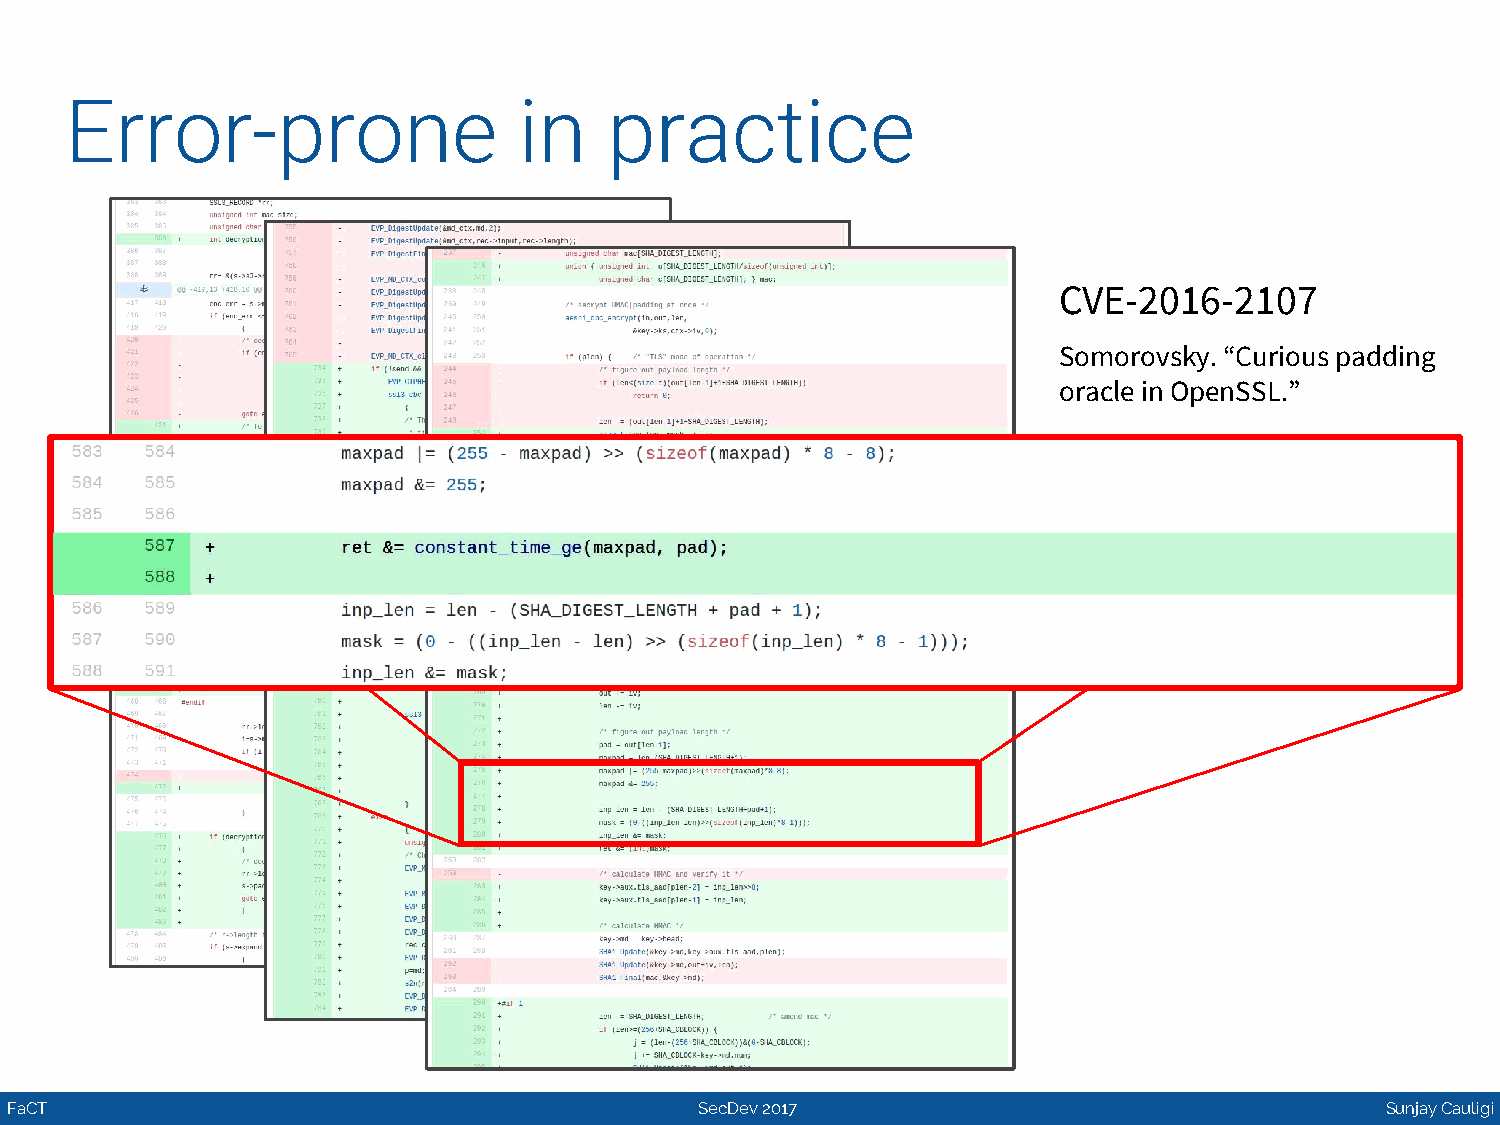
Error-prone                   in    practice
 CVE-2016-2107
 Somorovsky. “Curious padding
 oracle in OpenSSL.”
 FaCT                                          SecDev 2017                                   Sunjay Cauligi